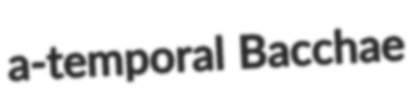
a-temporal Bacchae